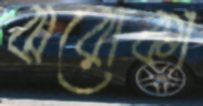
ঝরোকা